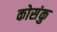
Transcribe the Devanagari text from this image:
कोसंकु